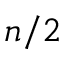
n / 2